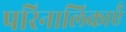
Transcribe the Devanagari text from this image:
परिनालिकाएँ